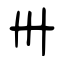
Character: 卅